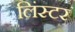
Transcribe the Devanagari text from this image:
लिंस्टर